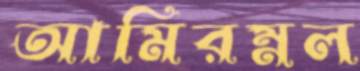
আমিরম্নল